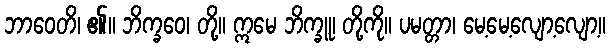
ဘာဝေတိ၊ ၏။ ဘိက္ခဝေ၊ တို့။ ဣမေ ဘိက္ခူ၊ တို့ကို။ ပမတ္တာ၊ မေ့မေ့လျော့လျော့။